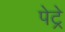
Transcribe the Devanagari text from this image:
पेट्रे